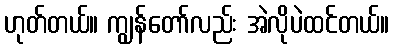
ဟုတ်တယ်။ ကျွန်တော်လည်း အဲလိုပဲထင်တယ်။